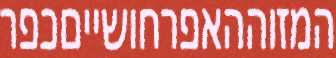
המזוההאפרחושייםכפר